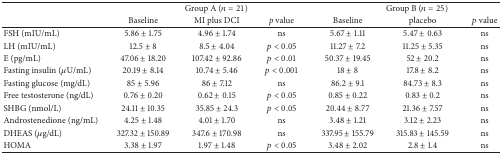
|  | <COLSPAN=3> Group A (n = 21) | <COLSPAN=3> Group B (n = 25) |
 |  | Baseline | MI plus DCI | p value | Baseline | placebo | p value |
 | --- | --- | --- | --- | --- | --- | --- |
 | FSH (mIU/mL) | 5.86 ± 1.75 | 4.96 ± 1.74 | ns | 5.67 ± 1.11 | 5.47 ± 0.63 | ns |
 | LH (mIU/mL) | 12.5 ± 8 | 8.5 ± 4.04 | p < 0.05 | 11.27 ± 7.2 | 11.25 ± 5.35 | ns |
 | E (pg/mL) | 47.06 ± 18.20 | 107.42 ± 92.86 | p < 0.01 | 50.37 ± 19.45 | 52 ± 20.2 | ns |
 | Fasting insulin (μU/mL) | 20.19 ± 8.14 | 10.74 ± 5.46 | p < 0.001 | 18 ± 8 | 17.8 ± 8.2 | ns |
 | Fasting glucose (mg/dL) | 85 ± 5.96 | 86 ± 7.12 | ns | 86.2 ± 9.1 | 84.73 ± 8.3 | ns |
 | Free testosterone (ng/dL) | 0.76 ± 0.20 | 0.62 ± 0.15 | p < 0.05 | 0.85 ± 0.22 | 0.83 ± 0.2 | ns |
 | SHBG (nmol/L) | 24.11 ± 10.35 | 35.85 ± 24.3 | p < 0.05 | 20.44 ± 8.77 | 21.36 ± 7.57 | ns |
 | Androstenedione (ng/mL) | 4.25 ± 1.48 | 4.01 ± 1.70 | ns | 3.48 ± 1.21 | 3.12 ± 2.23 | ns |
 | DHEAS (μg/dL) | 327.32 ± 150.89 | 347.6 ± 170.98 | ns | 337.95 ± 155.79 | 315.83 ± 145.59 | ns |
 | HOMA | 3.38 ± 1.97 | 1.97 ± 1.48 | p < 0.05 | 3.48 ± 2.02 | 2.8 ± 1.4 | ns |